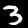
Label: 3